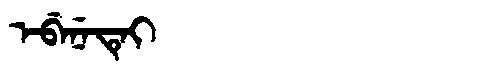
Manchu: ᡝᠪᡝᠨᡝᡨᡝᡳ
Romanization: EBENETEI